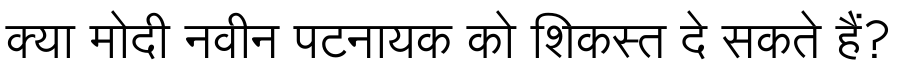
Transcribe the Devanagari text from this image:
क्या मोदी नवीन पटनायक को शिकस्त दे सकते हैं?